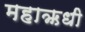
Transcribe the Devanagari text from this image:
महाऋधी